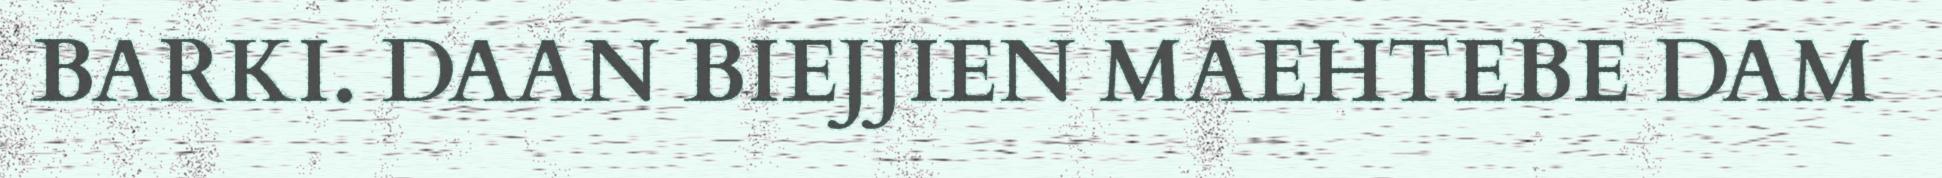
BARKI. DAAN BIEJJIEN MAEHTEBE DAM